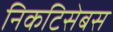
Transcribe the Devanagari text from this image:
निकटिसेबस